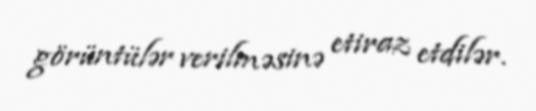
görüntülər verilməsinə etiraz etdilər.